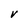
Character: V